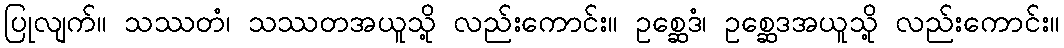
ပြုလျက်။ သဿတံ၊ သဿတအယူသို့ လည်းကောင်း။ ဥစ္ဆေဒံ၊ ဥစ္ဆေဒအယူသို့ လည်းကောင်း။